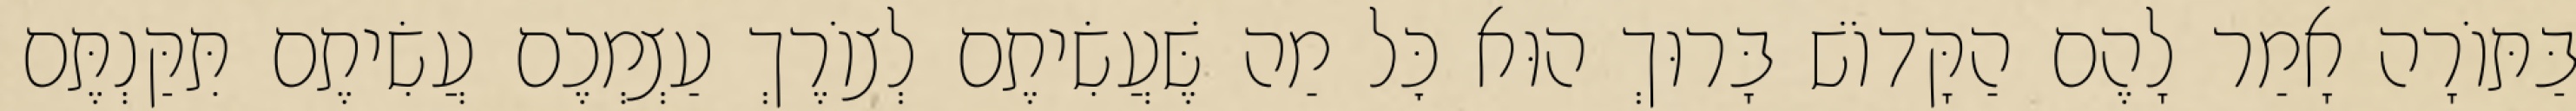
בַּתּוֹרָה אָמַר לָהֶם הַקָּדוֹשׁ בָּרוּךְ הוּא כׇּל מַה שֶּׁעֲשִׂיתֶם לְצוֹרֶךְ עַצְמְכֶם עֲשִׂיתֶם תִּקַּנְתֶּם